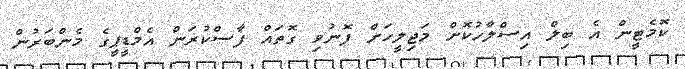
ކޮމެޓީން އެ ބިލް އިސްލާހުކޮށް މަޖިލީހަށް ފޮނުވި ގޮތައް ފާސްކުރަން އެމްޑީޕީގެ މެންބަރުން